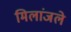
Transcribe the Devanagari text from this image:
मिलांजले